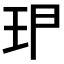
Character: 𱮶